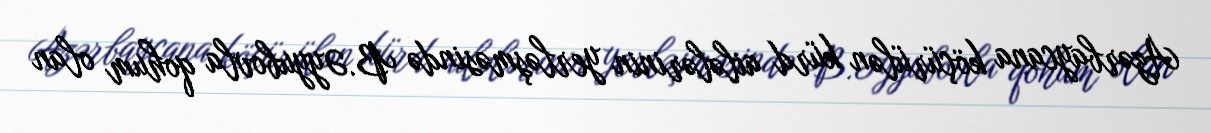
Azərbaycana köçürülən kürd ailələrinin yerləşməsində B.Əyyubovla qohum olan